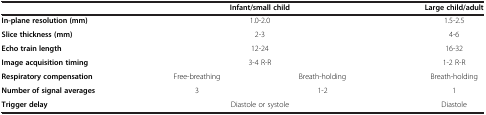
<table><thead><tr><td><b> </b></td><td colspan="2"><b>Infant/small child</b></td><td><b>Large child/adult</b></td></tr></thead><tbody><tr><td><b>In-plane resolution (mm)</b></td><td colspan="2">1.0-2.0</td><td>1.5-2.5</td></tr><tr><td><b>Slice thickness (mm)</b></td><td colspan="2">2-3</td><td>4-6</td></tr><tr><td><b>Echo train length</b></td><td colspan="2">12-24</td><td>16-32</td></tr><tr><td><b>Image acquisition timing</b></td><td colspan="2">3-4 R-R</td><td>1-2 R-R</td></tr><tr><td><b>Respiratory compensation</b></td><td>Free-breathing</td><td>Breath-holding</td><td>Breath-holding</td></tr><tr><td><b>Number of signal averages</b></td><td>3</td><td>1-2</td><td>1</td></tr><tr><td><b>Trigger delay</b></td><td colspan="2">Diastole or systole</td><td>Diastole</td></tr></tbody></table>